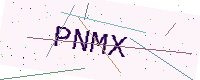
Text: PNMX